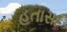
હતાસા